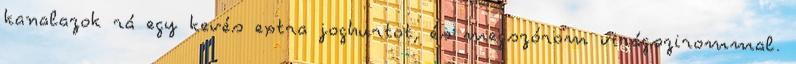
kanalazok rá egy kevés extra joghurtot, és megszórom virágszirommal.